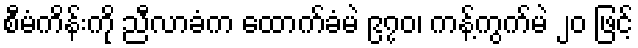
စီမံကိန်းကို ညီလာခံက ထောက်ခံမဲ ၉၇၀၊ ကန့်ကွက်မဲ ၂၀ ဖြင့်